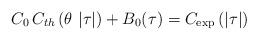
LaTeX: \begin{align*}C_{0}\,C_{th}\left( \theta \,\left| \tau \right| \right) +B_{0}(\tau)=C_{\exp }\left( \left| \tau \right| \right) \end{align*}